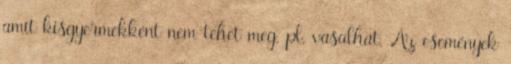
amit kisgyermekként nem tehet meg, pl. vasalhat. Az események